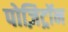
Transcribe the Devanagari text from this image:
पोज़िट्रॉन